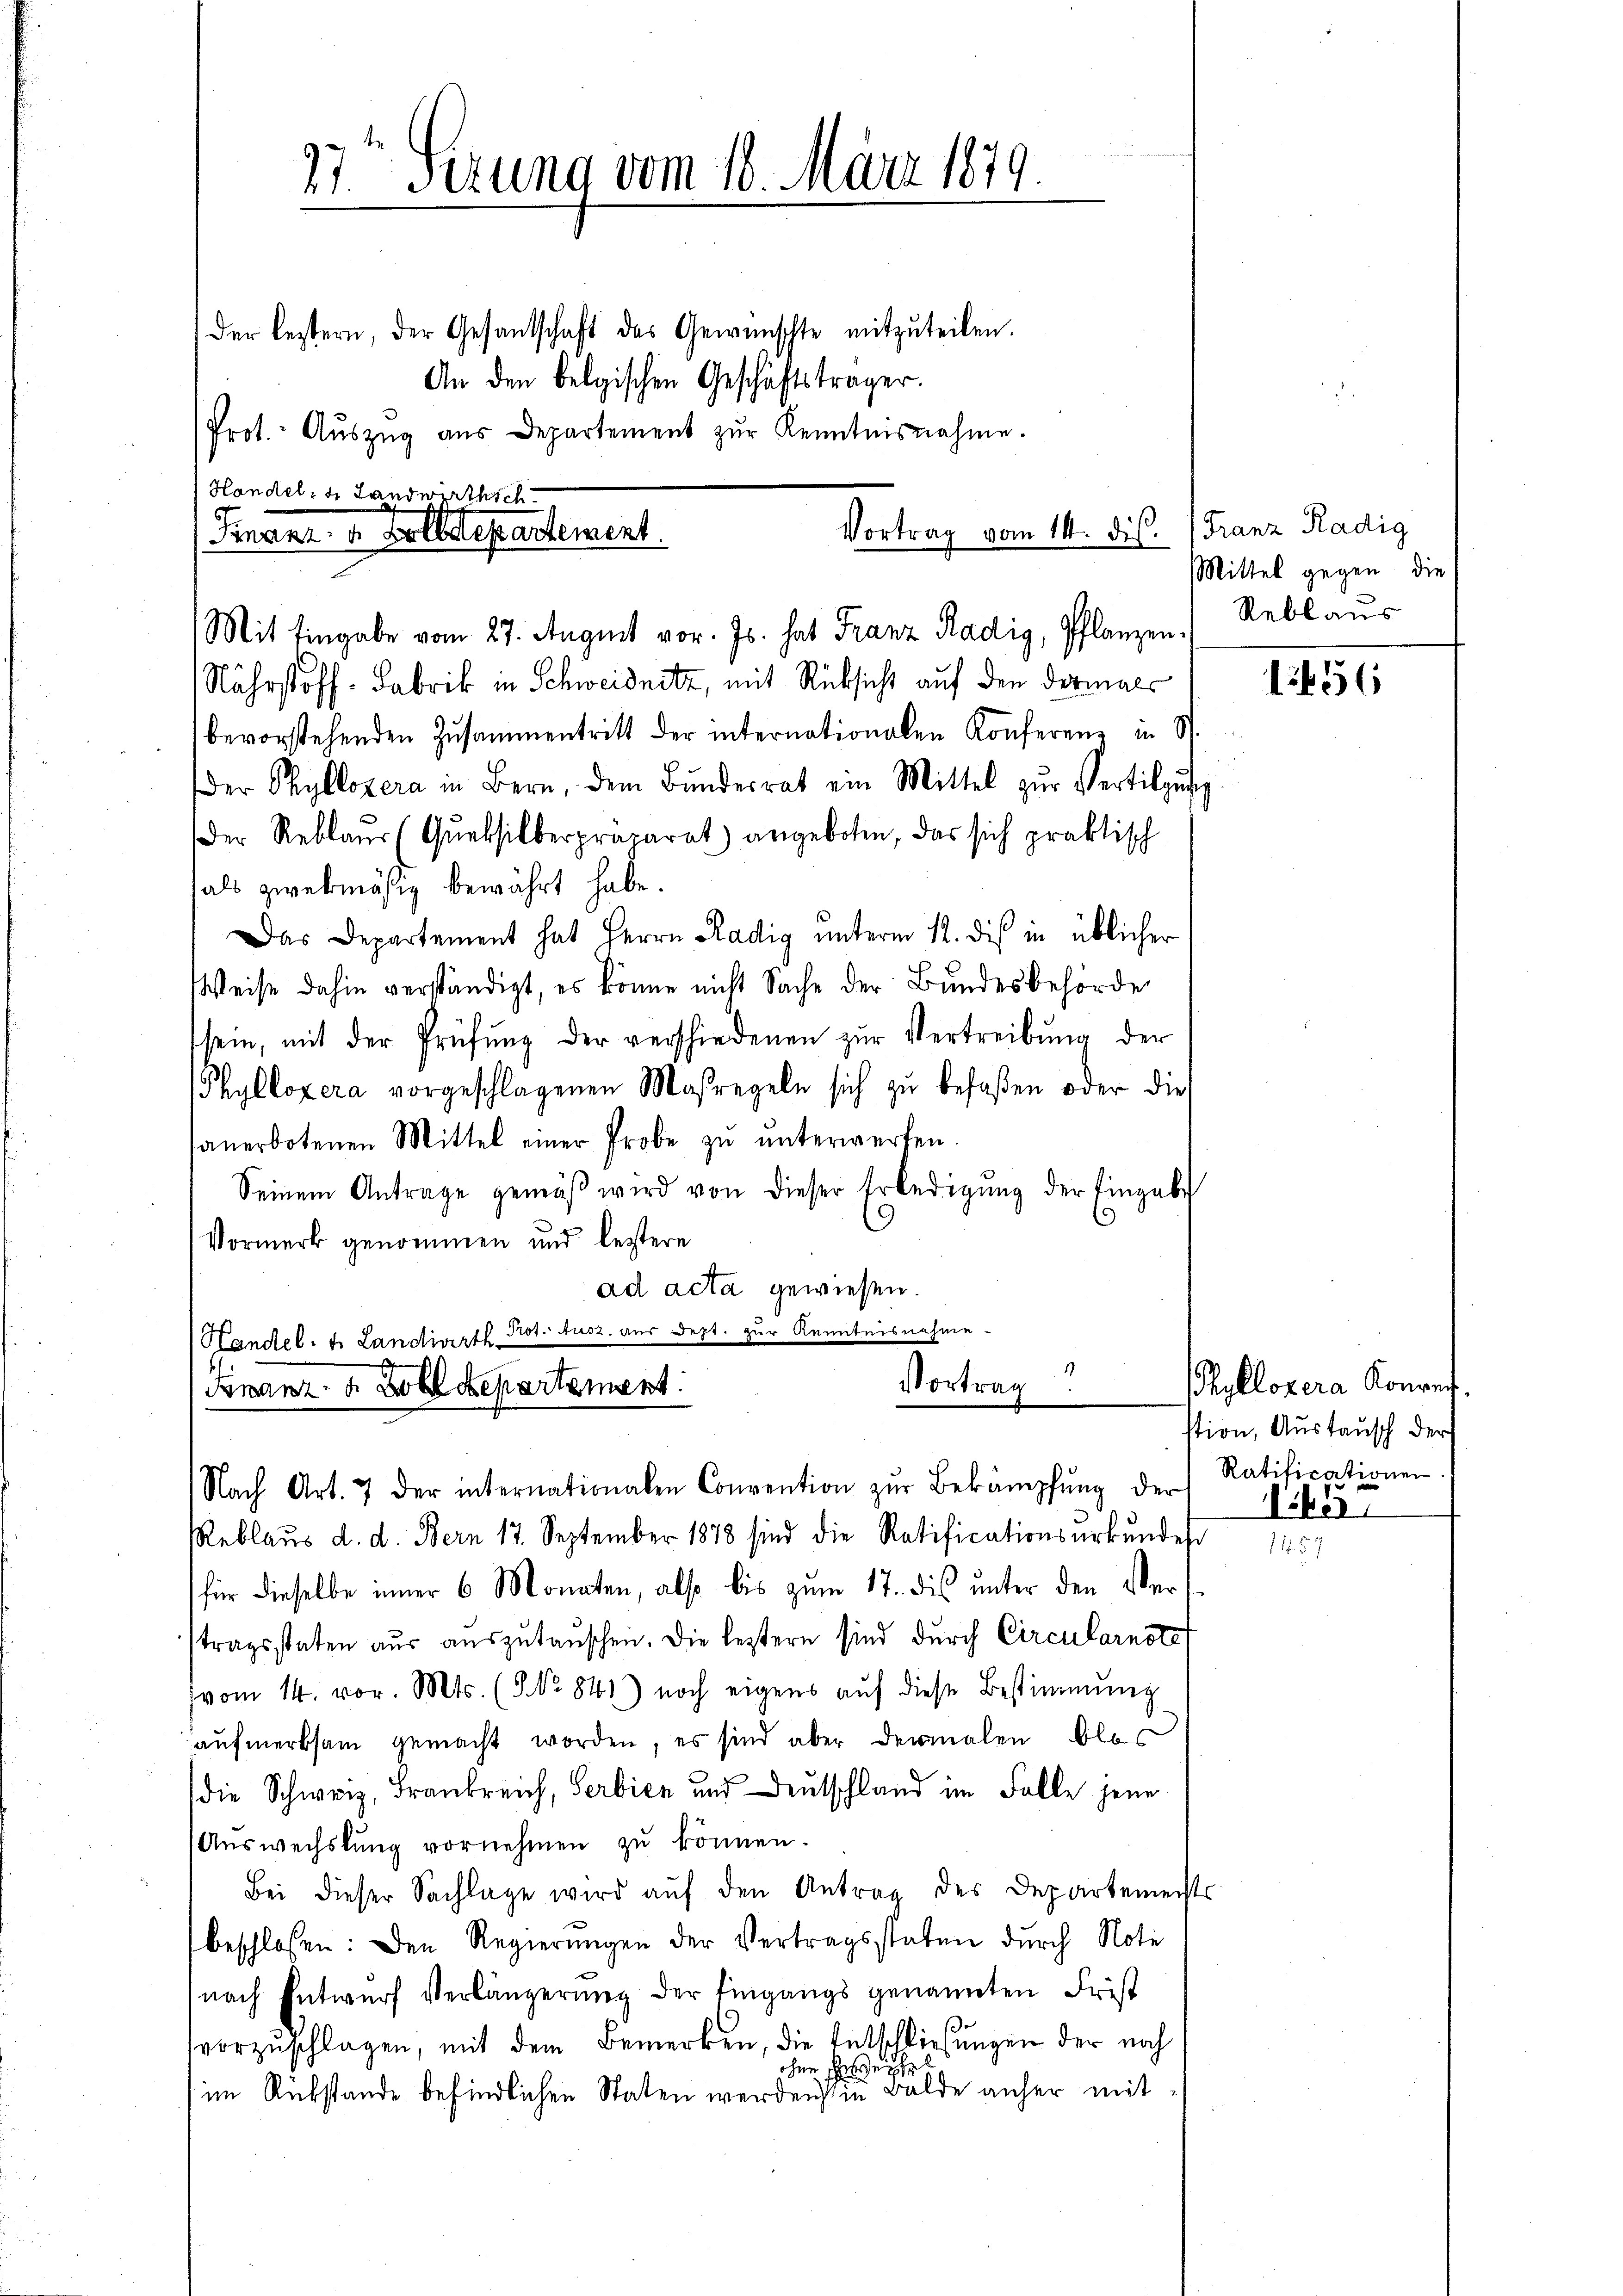
27ten Fezung vom 10. März 1879.
der lestern, der Gesantschaft des Gewünschte mitzuteilen.
An den belgischen Geschäftsträger.

Prot. Aŭszŭg aŭs Departement zŭr Kenntnisnahme.

Handelte Landwirthsch
Vortrag vom 14. dis. Franz Radig
Finanz- u. Zolldepartement.
Mit Eingabe vom 27. August vor. Js. hat Franz Radig, Pflanzen.

Nährstoff. Fabrik in Schweidnitz, mit Rücksicht auf den dermals
bevorstehenden Zusammentritt der internationalen Konferenz in St.
der Phyllozera in Bern, dem Bŭndesrat ein Mittel zŭr Vertilgung
Der Reblaus (Queksilberpräparat) angeboten, das sich praktisch
als zwekmäsig bewährt habe.
Das Departement hat Herrn Radig unterm 12. des in üblicher
Weise dahin verständigt, es könne nicht Sache der Bundesbehörde
sein, mit der Prüfŭng der verschiedenen zŭr Vertreibŭng der
Phyllozera vorgeschlagenen Maßregeln sich zŭ befaßen oder die
sanerbotenen Mittel einer Probe zŭ ŭnterwerfen.
Seinem Antrage gemäβ wird von dieser Erledigŭng der Eingabe
Vormerk genommen und bestere
ad acta gewiesen.
Handel. J. Landiverth Prot. Ausz. aus dept. zur Kenntnisnahme
Vortrag
Franz- u. Zolldepartement

Nach Art. 7 der internationalen Convention zŭr Bekämpfŭng der Ratificationen.
Reblaŭs d. d. Bern 17. September 1878 sind die Ratificationsurkundesr
für dieselbe inner 6 Monaten, also bis zum 17. dis unter den Vers
tragsstaten aus auszutauschen. Die leztern sind durch Circularnste
vom 14. vor. Mts. (NNo. 841) noch eigens aŭf diese Bestimmung
aufmerksam gemacht worden, es sind aber dermalen blos
die Schweiz, Frankreich, Serbien und Deutschland im Falle jene
Auswechslung vornehmen zŭ können.
Bei dieser Sachlage wird aŭf den Antrag des Departemechts
beschlossen: den Regierŭngen der Vertragsstaten durch Noti
(nach Entwurf verlängerung der Eingangs genannten Frist
vorzuschlagen, mit dem Bemerken, die Entschließungen der noch
ohne Freihe
im Rükstände befindlichen Staten werden in Balde anher mit¬

Mittel gegen die
Reblaus

1456

Thollozera Konrec
stion, Austausch der
1855